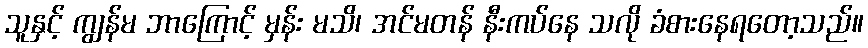
သူနှင့် ကျွန်မ ဘာကြောင့် မှန်း မသိ၊ အင်မတန် နီးကပ်နေ သလို ခံစားနေရတော့သည်။